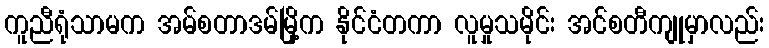
ကူညီရုံသာမက အမ်စတာဒမ်မြို့က နိုင်ငံတကာ လူမှုသမိုင်း အင်စတီကျုမှာလည်း